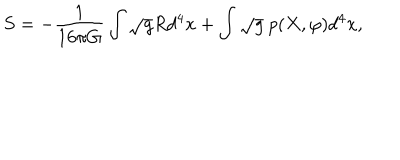
S = - { \frac { 1 } { 1 6 \pi G } } \int \sqrt { g } R d ^ { 4 } x + \int \sqrt { g } \ p ( X , \varphi ) d ^ { 4 } x ,